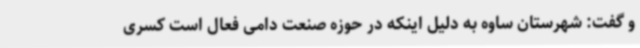
و گفت: شهرستان ساوه به دلیل اینکه در حوزه صنعت دامی فعال است کسری